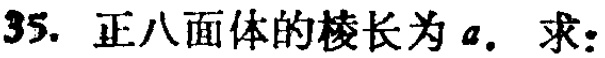
35. 正八面体的棱长为\(a\). 求：